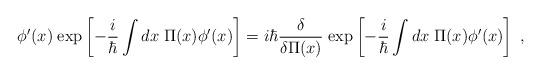
LaTeX: \begin{align*}\phi'(x)\; {\rm exp}\left[ -{i\over\hbar}\int dx \;\Pi (x) \phi'(x) \right]= i\hbar {\delta \over \delta \Pi (x)} \;{\rm exp}\left[ -{i\over\hbar}\int dx \;\Pi (x) \phi'(x) \right] \;,\end{align*}